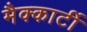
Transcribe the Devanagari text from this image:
मैक्कार्टी